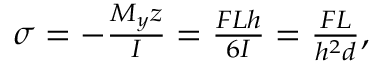
\begin{array} { r } { \sigma = - \frac { M _ { y } z } { I } = \frac { F L h } { 6 I } = \frac { F L } { h ^ { 2 } d } , } \end{array}